Lunatic asylums Punjab 1881-1894 - 1881-1894
Year: 1881
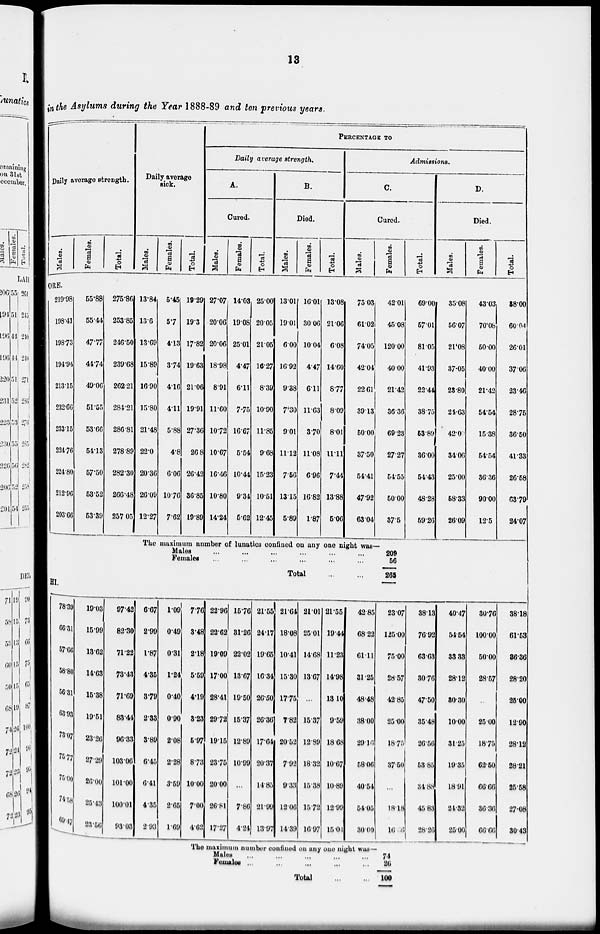
13
in the Asylums during the Year 1888-89 and ten previous years.
Daily average strength.
Males.
Females.
Total.
Daily average
sick.
Males.
Females.
Total.
PERCENTAGE TO
Daily average strength.
A.
Cured.
Males.
Females.
Total.
B.
Died.
Males.
Females.
Total.
Admissions.
C.
Cured.
Males.
Females.
Total.
D.
Died.
Males.
Females.
Total.
ORE.
219.98
198.41
19873
194.94
21315
232.66
233.15
224.76
224.80
212.96
203.66
55.88
55.44
47.77
44.74
49.06
51.55
53.66
54.13
57.50
53.52
53.39
275.86
253.85
246.50
239.08
262.21
284.21
286.81
278.89
282.30
266.48
257.05
13.84
13.6
13.69
15.89
16.90
15.80
21.48
22.0
20.36
26.09
12.27
5.45
5.7
4.13
3.74
4.16
4.11
5.88
4.8
6.06
10.76
7.62
19.29
19.3
17.82
19.63
21.06
19.91
27.36
26.8
26.42
36.85
19.89
27.07
20.06
20.06
18.98
8.91
11.60
10.72
10.67
16.46
10.80
14.24
14.03
19.08
25.01
4.47
6.11
7.75
16.67
5.54
10.44
9.34
5.62
25.00
20.05
21.05
16.27
8.39
10.90
11.85
9.68
15.23
10.51
12.45
13.01
19.01
6.00
16.92
9.38
7.30
9.01
11.12
7.56
1315
5.89
16.01
30.06
10.04
4.47
6.11
11.63
3.70
11.08
6.96
16.82
1.87
13.08
21.06
6.08
14.60
8.77
8.09
8.01
11.11
7.44
13.88
5.06
75.03
61.02
74.05
42.04
22.61
39.13
50.00
37.50
54.41
47.92
63.04
42.01
45.08
120.00
40.00
21.42
36.36
69.23
27.27
54.55
50.00
37.5
The maximum number of lunatics confined on any one night was—
Males ... ... ... ... ...
Females ... ... ... ... ...
Total
...
209
66
265
69.00
57.01
8105
41.93
22.44
38.75
63.89
36.00
54.43
48.28
69.26
35.08
56.07
21.08
37.05
28 80
24.63
42.09
34 06
25.00
58.33
26.09
43.03
70.08
50.00
40.00
21.42
54.54
15.38
54.54
30.36
90.00
12.5
88.00
60.04
26.01
37.06
23.46
28.75
36.50
41.33
26.58
63.79
24.07
HI.
78.39
66.31
57.66
58.80
56.31
63.93
73.07
75.77
75.00
74.58
69.47
19.03
15.99
13.62
14.63
15.38
19.51
23.26
27.29
26.00
25.43
23.56
97.42
82.30
71.22
73.43
71.69
83.44
96.33
103.06
101.00
100.01
93.03
6.67
2.99
1.87
4.35
3.79
2.33
3.89
6.45
6.41
4.35
2.93
1.09
0.49
0.31
1.24
0.40
0.90
2.08
2.28
3.69
2.65
1.69
77.6
3.48
2.18
5.59
4.19
8.23
5.97
8.73
10.00
7.00
4.62
22.96
22.62
19.09
17.00
28.41
29.72
19.15
23.75
20.00
26.81
17.27
15.76
31.26
22.02
13.67
19.50
15.37
12.89
10.99
...
7.86
4.24
21.55
24.17
19.65
16.34
26.50
26.36
17.64
20.37
14.85
2l.99
13.97
21.64
18.08
10.41
15.30
17.75
7.82
20.52
7.92
9.33
12.06
14.39
21.01
25.01
14.68
13.67
...
15.37
12.39
18.32
15.38
15.72
16.97
21.55
19.44
11.23
14.98
13 10
9.59
18.68
10.67
10.89
12.99
15.01
42.85
68.22
61.11
31.25
48.48
38.00
29.16
58.06
40.54
54.05
30.00
23.07
125.00
75.00
28.57
42.85
25.00
18.75
37.50
...
18.18
16.66
The maximum number confined on any one night was—
Males ... ... ... ... ...
Females ... ... ... ... ...
Total
...
...
74
26
100
38.13
76.92
63.63
30.76
47.50
35.48
26.56
53.85
34.88
45.83
28.26
40.47
54.54
33.33
28.12
80.30
10.00
31.25
19.35
18.91
24.32
25.00
30.76
100.00
50.00
28.57
...
25 00
18.75
62.50
66.60
36.36
66.66
38.18
61.53
86.36
28.20
25.00
12.90
28.12
28.21
25.58
27.08
30.43